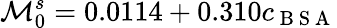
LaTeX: \mathcal{M}_{0}^{s}=0.0114+0.310c_{\mathrm{{~B~S~A~}}}